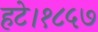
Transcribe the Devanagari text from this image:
हटे।१८५७